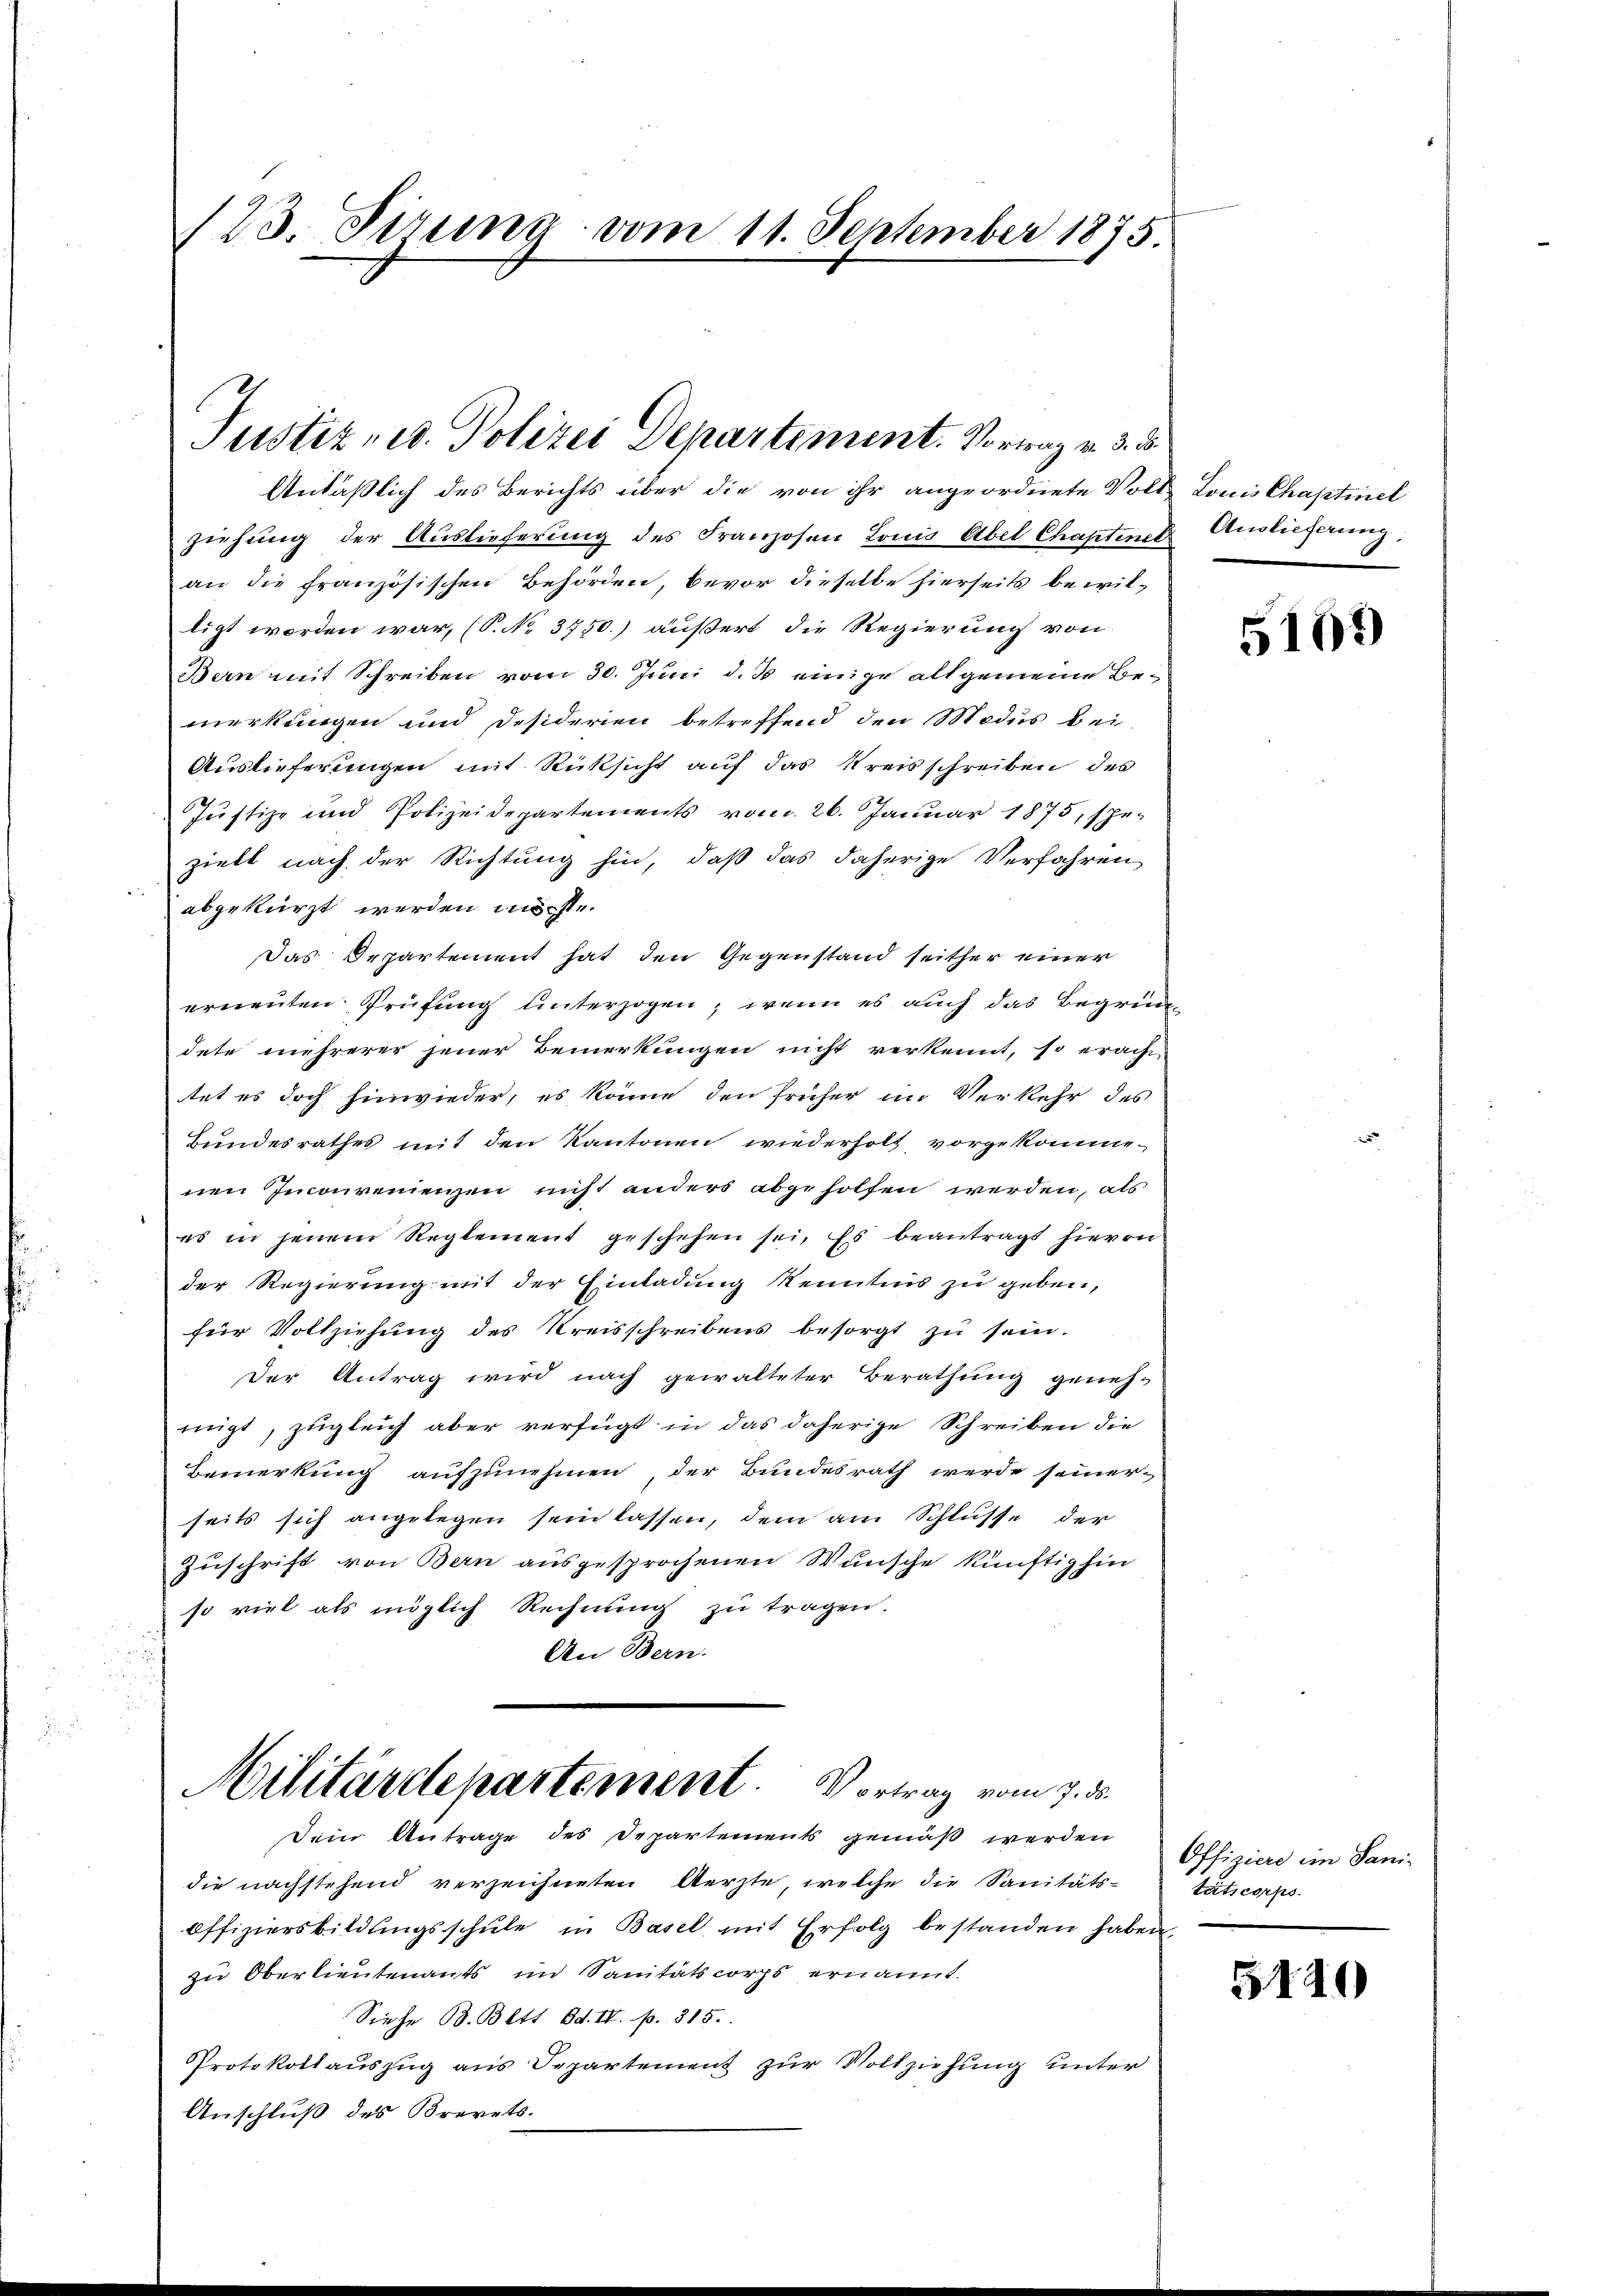
123. Firung vom 11. September 1875.

Justiz, ed. Polizei Departement. Vortrag v. 3. d.

Anläßlich des Berichts über die von ihr angeordnete Volk Louis Chaptinel
ziehung der Auslieferung des Franzosen Louis Abel Chaptiner Auslieferung,
an die französischen Behörden, bevor dieselbe hierseits bewilligt worden war, (S. No. 3750.) äußert die Regierung von
Bern mit Schreiben vom 30. Juni d. Js. einige allgemeine Bemerkungen und Desiderien betreffend den Modus bei
Auslieferungen mit Rücksicht auf das Kreisschreiben des
Justiz- und Polizeidepartements vom 26. Januar 1875, spe-
zielt nach der Richtung hin, daß das daherige Verfahren
abgekürzt werden möchte
Das Departement hat den Gegenstand seither einer
erneŭten Prüfung unterzogen, wenn es auch das Begründete mehrerer jener Bemerkungen nicht verkennt, so eracht
stet es doch hinwieder, es könne den früher im Verkehr des
Bundesrathes mit den Kantonen wiederholt, vorgekomme-
nen Inconvenienzen nicht anders abgeholfen werden, als
es in jenem Reglement geschehen sei. Es beantragt hierin
der Regierung mit der Einladung Kenntnis zu geben,
für Vollziehung des Kreisschreibens besorgt zu sein.
Der Antrag wird nach gewalteter Berathung geneh-
migt, zugleich aber verfügt in das daherige Schreiben die
Bemerkung aufzunehmen, der Bundesrath werde seinerseits sich angelegen sein lassen, dem am Schlüsse der
Zuschrift von Bern ausgesprochenen Wunsche künftighin
so viel als möglich Rechnung zu tragen.
An Bern.

Militärdepartement. Vortrag vom 7. ds.
Dein Antrage des Departements gemäß werden

die nachstehend verzeichneten Aerzte, welche die Sanitäts-
Offiziersbildungsschule in Basel mit Erfolg bestanden haben,
zu Oberlieutenants im Sanitätscorps ernannt.
Siehe B. Bett Bd. II. p. 815.
Protokollauszug aus Departement zur Vollziehung unter
Anschluß des Brevets.

5109

Offiziere im Sanitätscorps.

5140